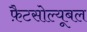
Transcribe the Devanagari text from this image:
फ़ैटसोल्यूबल